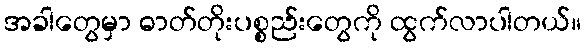
အခါတွေမှာ ဓာတ်တိုးပစ္စည်းတွေကို ထွက်လာပါတယ်။